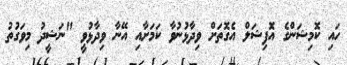
ހައި ކޮމިޝަންގެ އޮފިޝަލް އެގޮތަށް ވިދާޅުނުވާ ކަމަށާއި އޭނާ ވިދާޅުވީ "ނަޝީދު މިވަގުތު